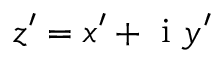
z ^ { \prime } = x ^ { \prime } + \mathrm { ~ i ~ } y ^ { \prime }